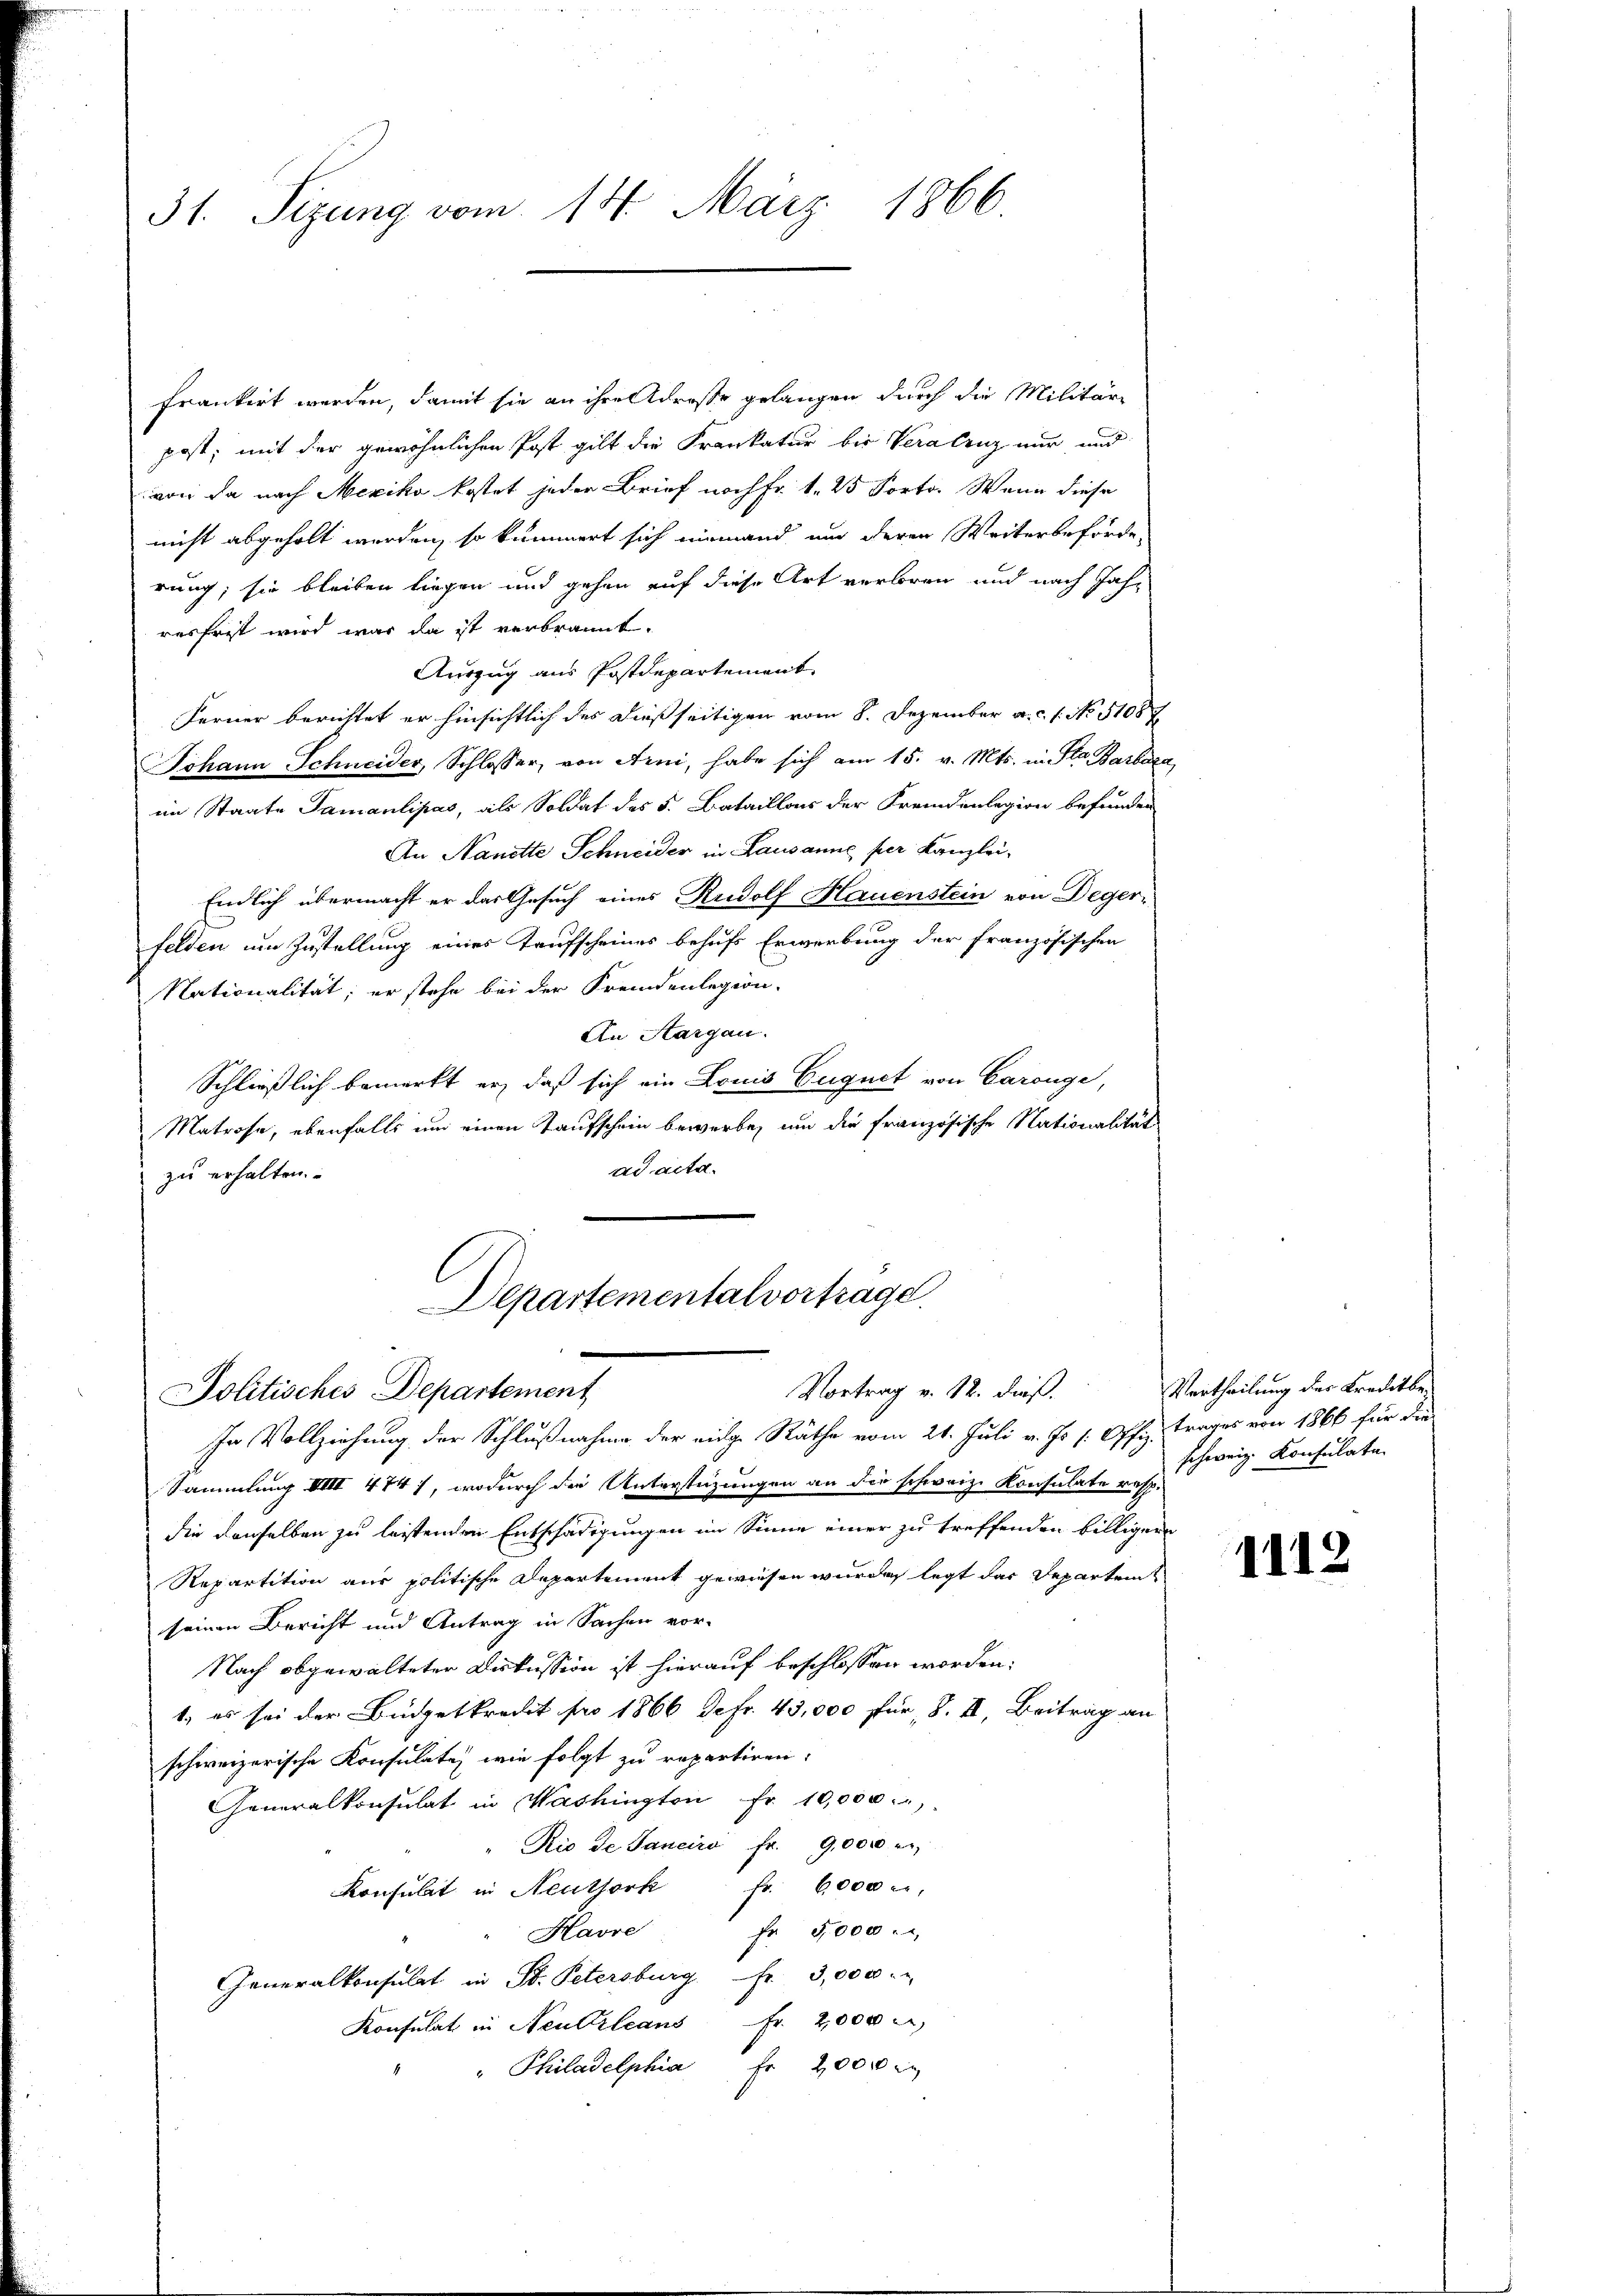
31. Sizung vom 14. März 1866.

frankirt werden, damit sie an ihre Adresse gelangen durch die Militär-
post, mit der gewöhnlichen Post gilt die Frankatur bis Veralenz nur und
von da nach Mexiko kostet jeder Brief noch Fr. 1. 25 Porto. Wenn diese
nicht abgeholt werden, so kümmert sich niemand und deren Weiterbeförde-
rung, sie bleiben liegen und gehen auf diese Art verloren und nach Jahr
resfrist wird war da ist verbrannt.
Auszug aus Postdepartement
Ferner berichtet er hinsichtlich des dießseitigen vom 8. Dezember a. c. f. No. 51087
Johann Schneider, Schlosser, von Arni, habe sich am 15. v. Mts. in Str. Barbari
im Staate Samantipas, als Soldat des 5. Bataillons der Fremdenlegion befunden
An Nanette Schneider in Lausanne per Kanzlei-
Endlich übermacht er das Gesuch eines Rudolf Hauenstein von Degerfelden um Zustellung eines Taufscheines behufs Erwerbung der französischen
Nationalität; er stehe bei der Fremdenlegion-
An Aargau.
Schließlich bemerkt er, daß sich ein Louis Eugnet von Caronge,
Matrose, ebenfalls um einen Taufschein bewerbe, um die französische Nationalität
ad acta.
zu erhalten.
Departementalvortrage
Vortrag v. 12. dieß.
Politisches Departement
In Vollziehung der Schlußnahme der eige Räthe vom 21. Juli v. Js. s. Offiz. Trages von 1866 für die
Sammlung VIII 474), wodurch die Unterstüzungen an die schweiz. Konsulate resp.
die denselben zu leistenden Entschädigungen im Sinne einer zu treffenden billiger
Repartition aus politische Departement gewiesen wurde, legt dar Departem
seinen Bericht und Antrag in Sachen vor-
Nach abgewalteter Diskussion ist hierauf beschlossen worden.
1., es sei der Büdgetkredit pro 1866 Jefr. 45,000 für 8. II, Beitrag an
schweizerische Konsulaten wie folgt zu repartiren.
Generalkonsulat in Washington fr. 10,000.
Rio de Janeiro Fr. 9,000 r
Konsulat in Neuthork fr. 6000 u.
fr 5000.
Havre
Generalkonsulat in St. Petersburg  3,000.
Konsulat in Neubrleans Fr. 2000
" Philadelphia fr 2000

2

Vertheilung des Kreditbeschweiz. Konsulate

e

1112